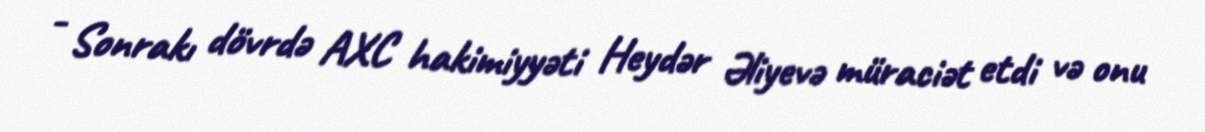
- Sonrakı dövrdə AXC hakimiyyəti Heydər Əliyevə müraciət etdi və onu